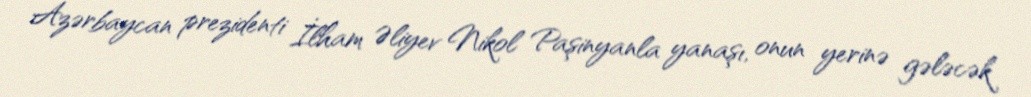
Azərbaycan prezidenti İlham Əliyev Nikol Paşinyanla yanaşı, onun yerinə gələcək